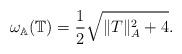
LaTeX: \begin{align*}\omega_\mathbb{A}(\mathbb{T})=\frac{1}{2}\sqrt{\|T\|_A^2+4}.\end{align*}